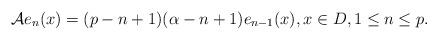
LaTeX: \begin{align*}\mathcal Ae_n(x)=(p-n+1)(\alpha-n+1)e_{n-1}(x),x\in D,1\leq n\leq p.\end{align*}